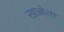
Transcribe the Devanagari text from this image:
खाल्लेला